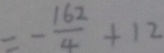
= - \frac { 1 6 2 } { 4 } + 1 2